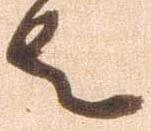
者